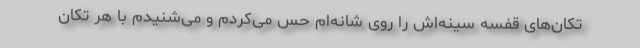
تکان‌های قفسه سینه‌اش را روی شانه‌ام حس می‌کردم و می‌شنیدم با هر تکان